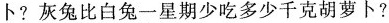
卜? 灰兔比白兔一星期少吃多少千克胡萝卜?